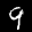
Label: 9